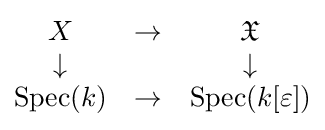
{\begin{matrix}X&\to &{\mathfrak {X}}\\\downarrow &&\downarrow \\{\text{Spec}}(k)&\to &{\text{Spec}}(k[\varepsilon ])\end{matrix}}